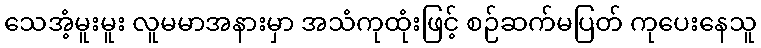
သေအံ့မူးမူး လူမမာအနားမှာ အသံကုထုံးဖြင့် စဉ်ဆက်မပြတ် ကုပေးနေသူ